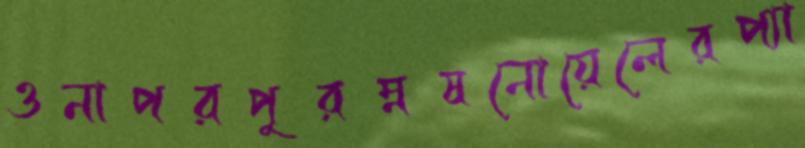
ওনাপরপুরম্নষনোয়েলেরপ্যা